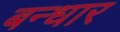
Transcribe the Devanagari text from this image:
बन्धार